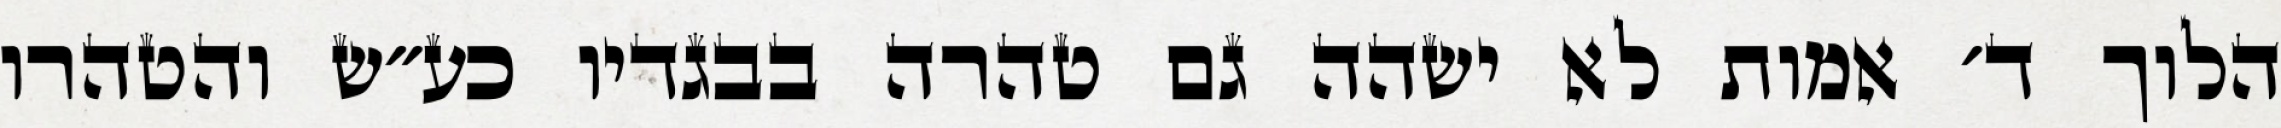
הלוך ד׳ אמות לא ישהה גם טהרה בבגדיו כע״ש והטהרו